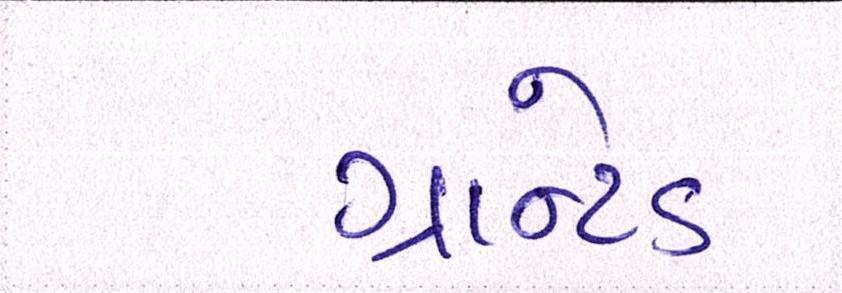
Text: ગ્રાન્ટેડ